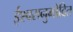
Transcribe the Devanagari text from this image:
ईश्वरानुमोदित